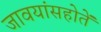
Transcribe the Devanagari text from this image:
जावयांसहोतें